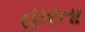
હારતા